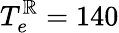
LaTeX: T_{e}^{\mathbb{R}}=140